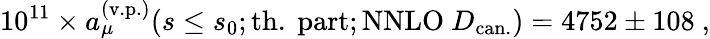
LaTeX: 10^{11}\times a_{\mu}^{\mathrm{(v.p.)}}(s\leq s_{0};\mathrm{th.\ part};\mathrm{NNLO}\ D_{\mathrm{can.}})=4752\pm 108\ ,